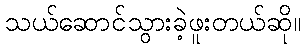
သယ်ဆောင်သွားခဲ့ဖူးတယ်ဆို။